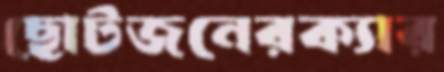
ছোটজনেরক্যার